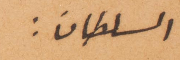
السلطان: